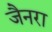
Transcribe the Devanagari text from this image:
जैनरा